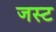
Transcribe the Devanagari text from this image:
जस्‍ट